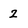
Character: 2